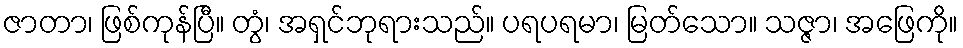
ဇာတာ၊ ဖြစ်ကုန်ပြီ။ တွံ၊ အရှင်ဘုရားသည်။ ပရပရမာ၊ မြတ်သော။ သဇ္ဇာ၊ အဖြေကို။